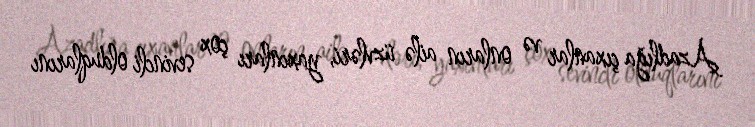
Azadlığa çıxanlar və onların ailə üzvləri, yaxınları çox sevincli olduqlarını